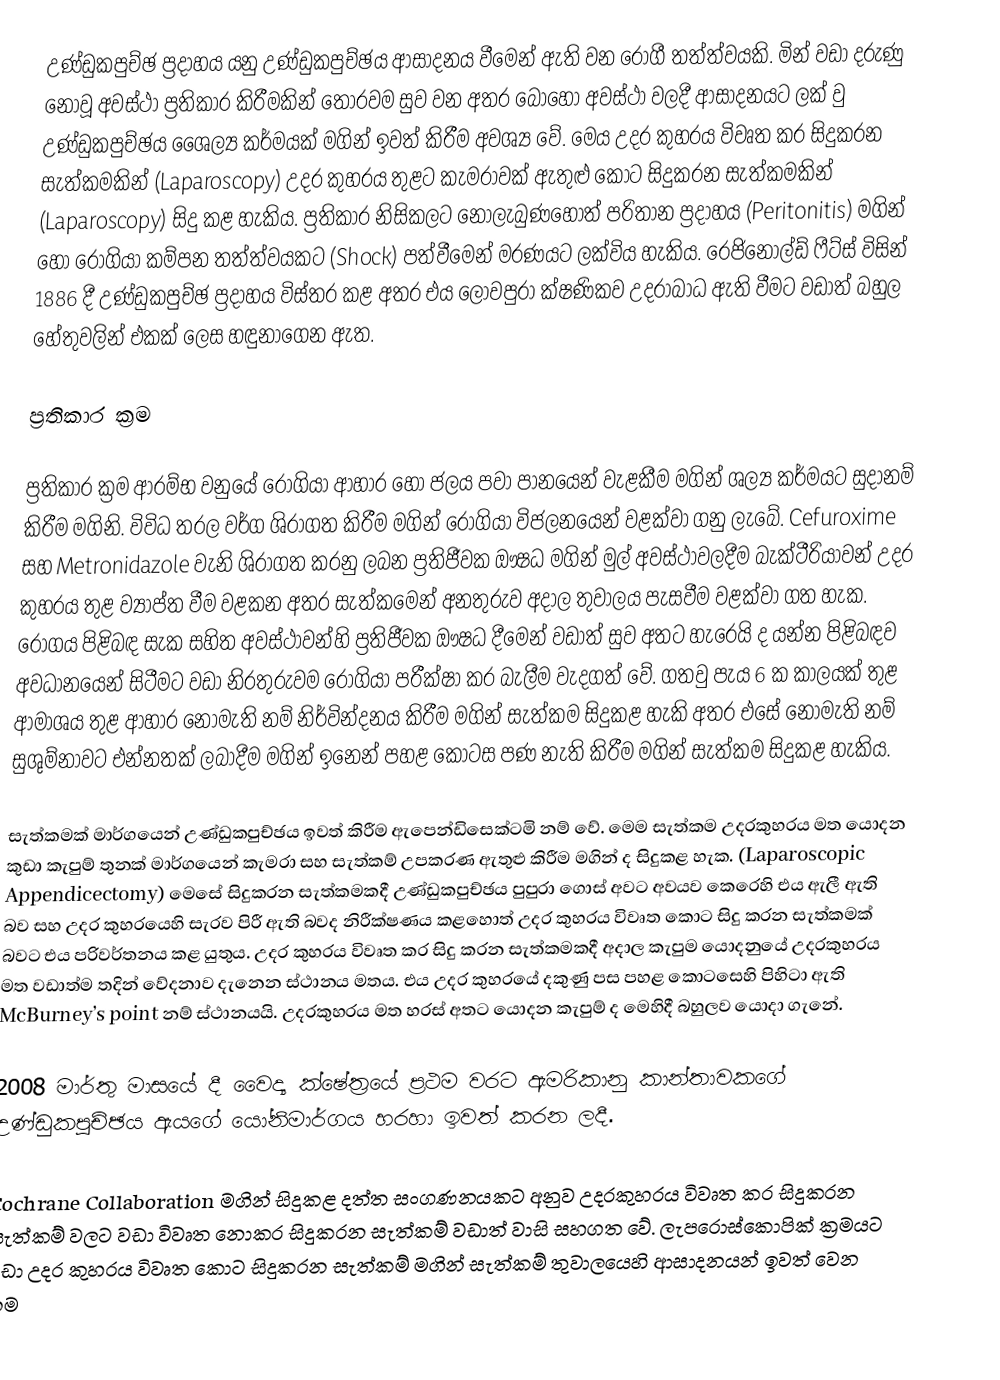
උණ්ඩුකපුච්ඡ ප්‍රදාහය යනු උණ්ඩුකපුච්ඡය ආසාදනය වීමෙන් ඇති වන රෝගී තත්ත්වයකි. මින් වඩා දරුණු නොවූ අවස්ථා ප්‍රතිකාර කිරීමකින් තොරවම සුව වන අතර බොහෝ අවස්ථා වලදී ආසාදනයට ලක් වු උණ්ඩුකපුච්ඡය ශෛල්‍ය කර්මයක් මගින් ඉවත් කිරීම අවශ්‍ය වේ. මෙය උදර කුහරය විවෘත කර සිදුකරන සැත්කමකින් (Laparoscopy) උදර කුහරය තුළට කැමරාවක් ඇතුළු කොට සිදුකරන සැත්කමකින් (Laparoscopy) සිදු කළ හැකිය. ප්‍රතිකාර නිසිකලට නොලැබුණහොත් පරිතාන ප්‍රදාහය (‍Peritonitis) මගින් හෝ රෝගියා කම්පන තත්ත්වයකට (Shock) පත්වීමෙන් මරණයට ලක්විය හැකිය. රෙජිනොල්ඩ් ෆීට්ස් විසින් 1886 දී උණ්ඩුකපුච්ඡ ප්‍රදාහය විස්තර කළ අතර එය ලොවපුරා ක්ෂණිකව උදරාබාධ ඇති වීමට වඩාත් බහුල හේතුවලින් එකක් ලෙස හඳුනාගෙන ඇත.

ප්‍රතිකාර ක්‍රම

ප්‍රතිකාර ක්‍රම ආරම්භ වනුයේ රෝගියා ආහාර හෝ ජලය පවා පානයෙන් වැළකීම මගින් ශල්‍ය කර්මයට සුදානම් කිරීම මගිනි. විවිධ තරල වර්ග ශිරාගත කිරීම මගින් රෝගියා විජලනයෙන් වළක්වා ගනු ලැබේ. Cefuroxime සහ Metronidazole වැනි ශිරාගත කරනු ලබන ප්‍රතිජීවක ඖෂධ මගින් මුල් අවස්ථාවලදීම බැක්ටීරියාවන් උදර කුහරය තුළ ව්‍යාප්ත වීම වළකන අතර සැත්කමෙන් අනතුරුව අදාල තුවාලය පැසවීම වළක්වා ගත හැක. රෝගය පිළිබඳ සැක සහිත අවස්ථාවන්හි ප්‍රතිජීවක ඖෂධ දීමෙන් වඩාත් සුව අතට හැරෙයි ද යන්න පිළිබඳව අවධානයෙන් සිටීමට වඩා නිරතුරුවම රෝගියා පරීක්ෂා කර බැලීම වැදගත් වේ. ගතවු පැය 6 ක කාලයක් තුළ ආමාශය තුළ ආහාර නොමැති නම් නිර්වින්දනය කිරීම මගින් සැත්කම සිදුකළ හැකි අතර එසේ නොමැති නම් සුශුම්නාවට එන්නතක් ලබාදීම මගින් ඉනෙන් පහළ කොටස පණ නැති කිරීම මගින් සැත්කම සිදුකළ හැකිය.

සැත්කමක් මාර්ගයෙන් උණ්ඩුකපුච්ඡය ඉවත් කිරීම ඇපෙන්ඩිසෙක්ටමි නම් වේ. මෙම සැත්කම උදරකුහරය මත යොදන කුඩා කැපුම් තුනක් මාර්ගයෙන් කැමරා සහ සැත්කම් උපකරණ ඇතුළු කිරීම මගින් ද සිදුකළ හැක. (Laparoscopic Appendicectomy) මෙසේ සිදුකරන සැත්කමකදී උණ්ඩුකපුච්ඡය පුපුරා ගොස් අවට අවයව කෙරෙහි එය ඇලී ඇති බව සහ උදර කුහරයෙහි සැරව පිරී ඇති බවද නිරීක්ෂණය කළහොත් උදර කුහරය විවෘත කොට සිදු කරන සැත්කමක් බවට එය පරිවර්තනය කළ යුතුය. උදර කුහරය විවෘත කර සිදු කරන සැත්කමකදී අදාල කැපුම යොදනුයේ උදරකුහරය මත වඩාත්ම තදින් වේදනාව දැනෙන ස්ථානය මතය. එය උදර කුහරයේ දකුණු පස පහළ කොටසෙහි පිහිටා ඇති McBurney’s point නම් ස්ථානයයි. උදරකුහරය මත හරස් අතට යොදන කැපුම් ද මෙහිදී බහුලව යොදා ගැනේ.

2008 මාර්තු මාසයේ දී වෛද්‍ය ක්ෂේත්‍රයේ ප්‍රථම වරට ඇමරිකානු කාන්තාවකගේ උණ්ඩුකපුච්ඡය ඇයගේ යෝනිමාර්ගය හරහා ඉවත් කරන ලදී.

Cochrane Collaboration මගින් සිදුකළ දත්ත සංගණනයකට අනුව උදරකුහරය විවෘත කර සිදුකරන සැත්කම් වලට වඩා විවෘත නොකර සිදුකරන සැත්කම් වඩාත් වාසි සහගත වේ. ලැපරොස්කොපික් ක්‍රමයට වඩා උදර කුහරය විවෘත කොට සිදුකරන සැත්කම් මගින් සැත්කම් තුවාලයෙහි ආසාදනයන් ඉවත් වෙන නම